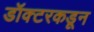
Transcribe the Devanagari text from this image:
डॉक्‍टरकडून